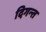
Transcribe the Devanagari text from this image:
दिगन्‍त